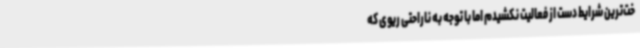
خت‌ترین شرایط دست از فعالیت نکشیدم اما با توجه به ناراحتی ریوی که